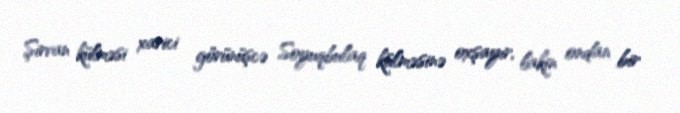
Şirvan külməsi xarici görünüşcə Soyuqbulaq külməsinə oxşayır, lakin ondan bir